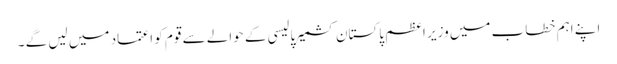
اپنے اہم خطاب میں وزیر اعظم پاکستان کشمیر پالیسی کے حوالے سے قوم کو اعتماد میں لیں گے ۔